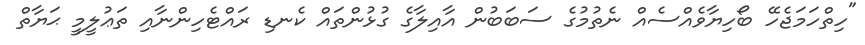
"ހިތްހަމަޖެހޭ ބޯހިޔާވެއްސެއް ނެތުމުގެ ސަބަބުން އާއިލާގެ ގުޅުންތައް ކެނޑި ރައްޓެހިންނާއި ތަޢުލީމީ ޙަޔާތް